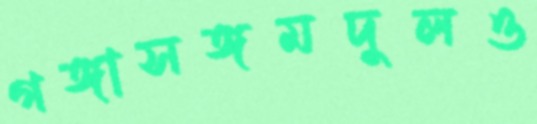
গঙ্গাসঙ্গমদুলও